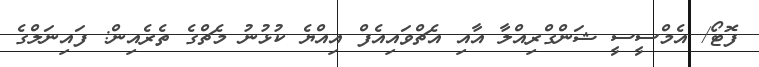
ފޮޓޯ/ އެމްސީސީ ޝަންގްރިއްލާ އާއި އެޗްވައިއެފް އިއްޔެ ކުޅުނު މެޗްގެ ތެރެއިން: ފައިނަލްގެ